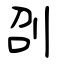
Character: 刟